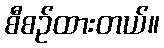
စီစဉ်ထားတယ်။